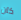
كان